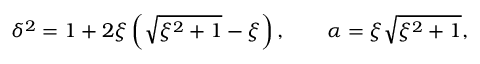
\delta ^ { 2 } = 1 + 2 \xi \left( \sqrt { \xi ^ { 2 } + 1 } - \xi \right) , \qquad \alpha = \xi \sqrt { \xi ^ { 2 } + 1 } ,